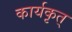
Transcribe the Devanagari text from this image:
कार्यकृत्